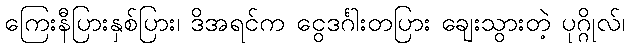
ကြေးနီပြားနှစ်ပြား၊ ဒိအရင်က ငွေဒင်္ဂါးတပြား ချေးသွားတဲ့ ပုဂ္ဂိုလ်၊